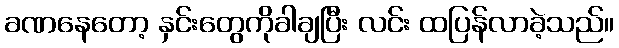
ခဏနေတော့ နှင်းတွေကိုခါချပြီး လင်း ထပြန်လာခဲ့သည်။